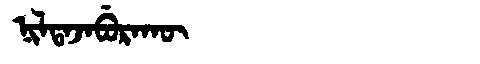
Manchu: ᠨᡳᠯᡨᠠᠵᠠᠪᡠᡵᠠᡴᡡ
Romanization: NILTAJABURAKŪ